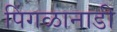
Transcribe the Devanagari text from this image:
पिंगळानाडी